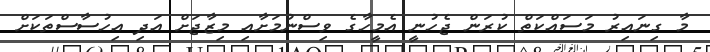
މާ ގިނައިރު މަސައްކަތް ކުރަން ޖެހުނީ އެމީހާގެ ވިސްނުމަށާއި މިޒާޖަށް އަދި އިހުސާސްތަކަށް